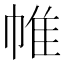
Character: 帷